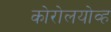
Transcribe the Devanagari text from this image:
कोरोलयोव्ह